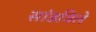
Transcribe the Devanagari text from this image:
सांडविले